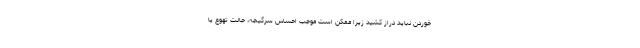
خوردن نباید دراز کشید زیرا ممکن است موجب احساس سرگیجه، حالت تهوع یا